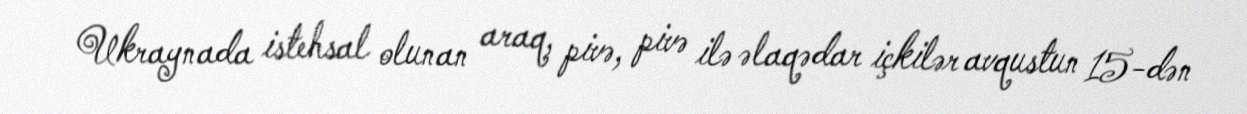
Ukraynada istehsal olunan araq, pivə, pivə ilə əlaqədar içkilər avqustun 15-dən